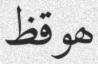
ھوقظ